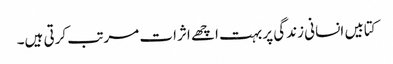
کتابیں انسانی زندگی پر بہت اچھے اثرات مرتب کرتی ہیں۔